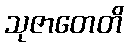
သုဇာတေတိ